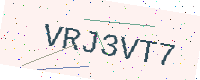
Text: VRJ3VT7